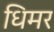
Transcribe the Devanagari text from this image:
धिमर